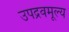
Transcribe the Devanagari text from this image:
उपद्रवमूल्य